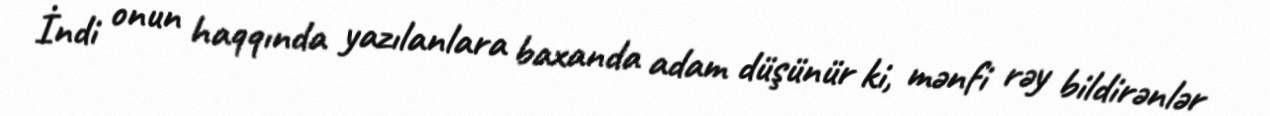
İndi onun haqqında yazılanlara baxanda adam düşünür ki, mənfi rəy bildirənlər